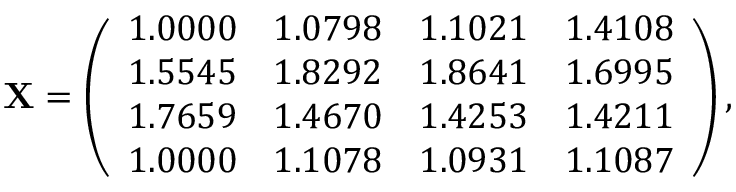
\mathbf { X } = \left( \begin{array} { c c c c } { 1 . 0 0 0 0 } & { 1 . 0 7 9 8 } & { 1 . 1 0 2 1 } & { 1 . 4 1 0 8 } \\ { 1 . 5 5 4 5 } & { 1 . 8 2 9 2 } & { 1 . 8 6 4 1 } & { 1 . 6 9 9 5 } \\ { 1 . 7 6 5 9 } & { 1 . 4 6 7 0 } & { 1 . 4 2 5 3 } & { 1 . 4 2 1 1 } \\ { 1 . 0 0 0 0 } & { 1 . 1 0 7 8 } & { 1 . 0 9 3 1 } & { 1 . 1 0 8 7 } \end{array} \right) ,